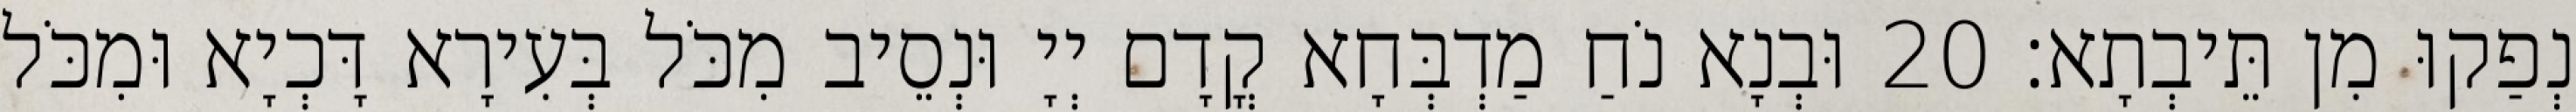
נְפַקוּ מִן תֵּיבְתָא׃ 20 וּבְנָא נֹחַ מַדְבְּחָא קֳדָם יְיָ וּנְסֵיב מִכֹּל בְּעִירָא דָּכְיָא וּמִכֹּל